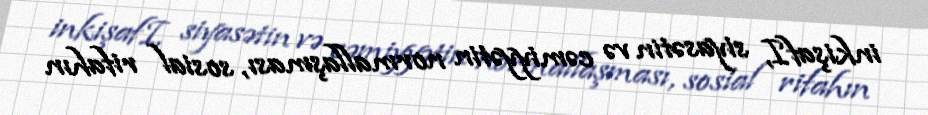
inkişafI, siyasətin və cəmiyyətin normallaşması, sosial rifahın